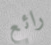
رائع